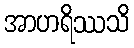
အာဟရိဿသိ